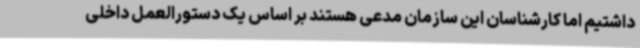
داشتیم اما کارشناسان این سازمان مدعی هستند بر اساس یک دستورالعمل داخلی